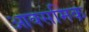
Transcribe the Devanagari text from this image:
आक्समिक